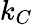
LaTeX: k_{C}